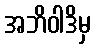
အဘိဝါဒိမှ